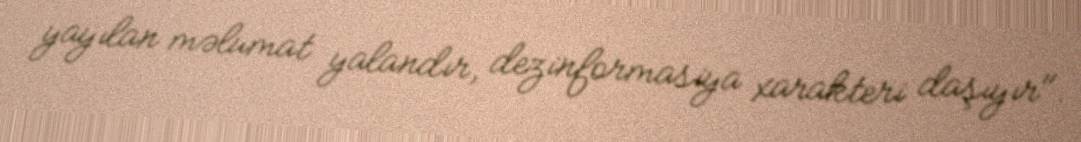
yayılan məlumat yalandır, dezinformasiya xarakteri daşıyır".